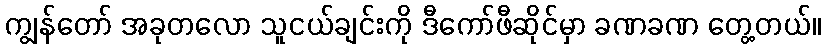
ကျွန်တော် အခုတလော သူငယ်ချင်းကို ဒီကော်ဖီဆိုင်မှာ ခဏခဏ တွေ့တယ်။